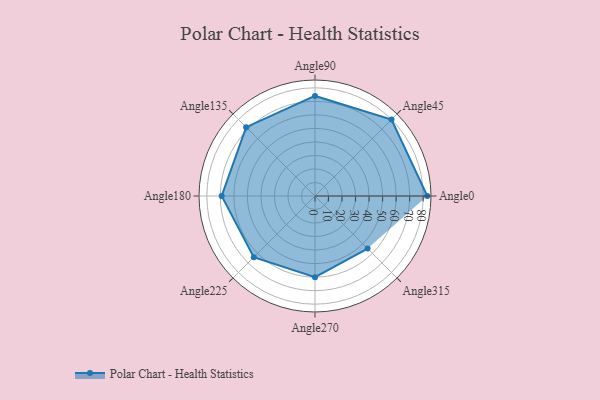
{"axis": {"x": "Angle", "y": "Radius"}, "legend": [""], "data": [{"x": "Angle0", "y": 83.0, "type": ""}, {"x": "Angle45", "y": 80.0, "type": ""}, {"x": "Angle90", "y": 74.0, "type": ""}, {"x": "Angle135", "y": 72.0, "type": ""}, {"x": "Angle180", "y": 69.0, "type": ""}, {"x": "Angle225", "y": 64.0, "type": ""}, {"x": "Angle270", "y": 60.0, "type": ""}, {"x": "Angle315", "y": 55.0, "type": ""}]}